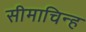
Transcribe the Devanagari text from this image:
सीमाचिन्‍ह